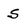
Character: S